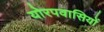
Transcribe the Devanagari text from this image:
योरपवासियों